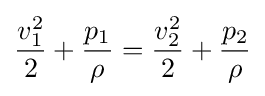
{v_{1}^{2} \over 2}+{p_{1} \over \rho }={v_{2}^{2} \over 2}+{p_{2} \over \rho }